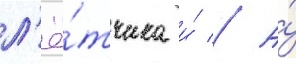
л'ё́тчика и́ // А́